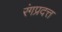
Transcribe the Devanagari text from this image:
रंगप्रदत्त